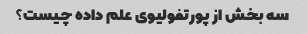
سه بخش از پورتفولیوی علم داده چیست؟